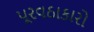
પૂરવઠાકારો